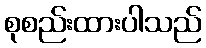
စုစည်းထားပါသည်